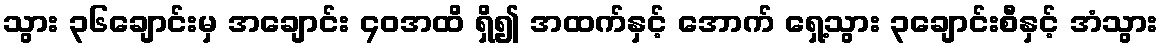
သွား ၃၆ချောင်းမှ အချောင်း ၄၀အထိ ရှိ၍ အထက်နှင့် အောက် ရှေ့သွား ၃ချောင်းစီနှင့် အံသွား